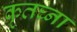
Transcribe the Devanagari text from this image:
कृतघ्ना